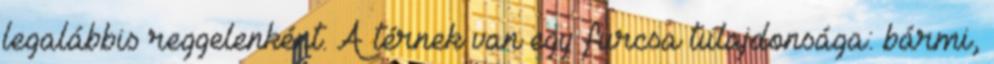
legalábbis reggelenként. A térnek van egy furcsa tulajdonsága: bármi,